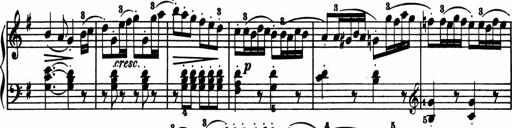
Title: Sonatina in G major
Composer: Friedrich Kuhlau
Key: G major